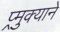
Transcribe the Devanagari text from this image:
प्र्मुक्याने